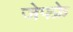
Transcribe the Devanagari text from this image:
जेफ्फ्रे